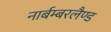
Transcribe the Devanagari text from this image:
नार्बम्बरलैण्ड